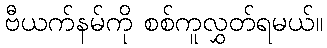
ဗီယက်နမ်ကို စစ်ကူလွှတ်ရမယ်။